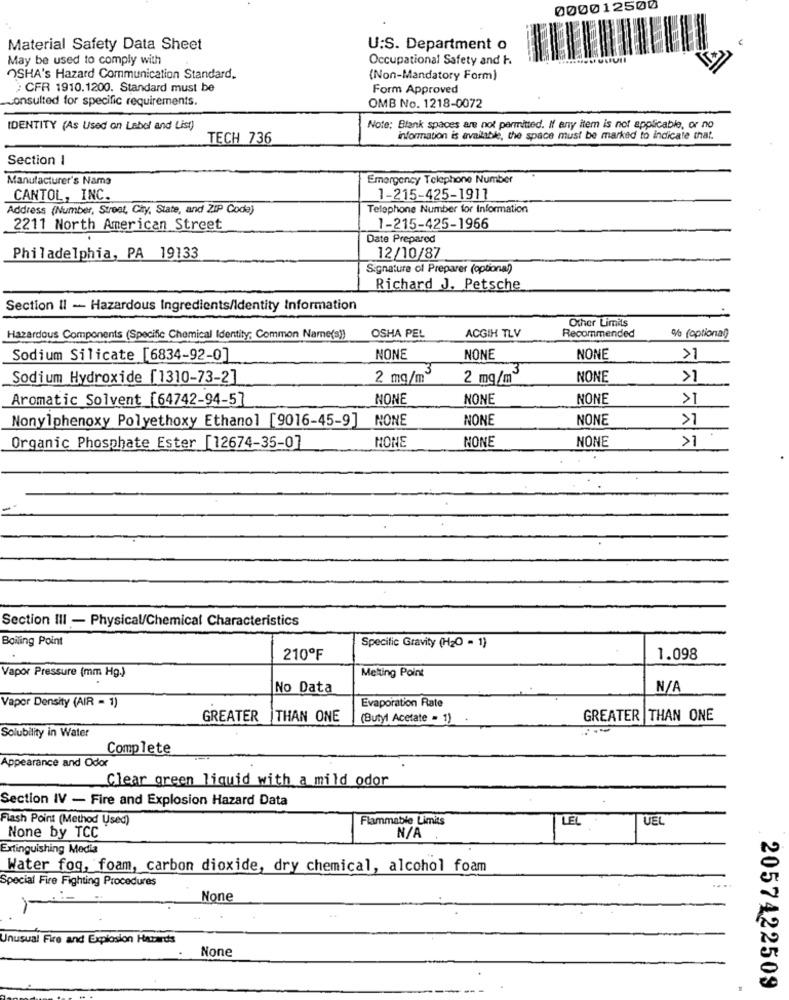
000012500
Material Safety Data Sheet
U:S. Department o
May be used to comply with
Occupational Safety and 1.
OSHA's Hazard Communication Standard.
(Non-Mandatory Form)
; CFR 1910.1200. Standard must be
Form Approved
consulted for specific requirements.
OMB No. 1218-0072
IDENTITY (As Used on Label and List)
Note: Blank spaces are not permitted. If any item is not applicable, or no
TECH 736
information is available, the space must be marked to indicate that.
Section 1
Manufacturer's Name
Emergency Telephone Number
CANTOL, INC.
1-215-425-1911
Address (Number, Street, City, State, and ZIP Code)
Telephone Number for Information
2211 North American Street
1-215-425-1966
Date Prepared
Philadelphia, PA 19133
12/10/87
Signature of Preparer (optional)
Richard J. Petsche
Section II - Hazardous Ingredients/Identity Information
ACGIH TLV
Other Limits
% (optional)
Hazardous Components (Specific Chemical Identity; Common Name(s))
OSHA PEL
Recommended
Sodium Silicate [6834-92-0]
NONE
NONE
NONE
>1
Sodium Hydroxide [1310-73-2]
2 mg/m3
2 mg/m3
NONE
Aromatic Solvent [64742-94-57
NONE
NONE
NONE
Nonylphenoxy Polyethoxy Ethanol [9016-45-9] NONE
NONE
NONE
>1
NONE
NONE
NONE
>1
Organic Phosphate Ester [12674-35-0]
Section III - Physical/Chemical Characteristics
Boiling Point
Specific Gravity (H2O = 1)
210ºF
1.098
Vapor Pressure (mm Hg.)
Melting Point
No Data
Vapor Density (AIR - 1)
Evaporation Rate
GREATER
THAN ONE
(Butyl Acetate - 1)
GREATER THAN ONE
Solubility in Water
Complete
Appearance and Odor
Clear green liquid with a mild odor
Section IV - Fire and Explosion Hazard Data
Flash Point (Method Used)
Flammable Limits
LEL
UEL
None by TCC
Extinguishing Media
Water fog, foam, carbon dioxide, dry chemical, alcohol foam
Special Fire Fighting Procedures
Unusual Fire and Explosion Hazards
2057422509